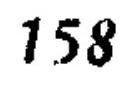
\(158\)